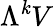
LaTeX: \Lambda^{\mathit{k}}V